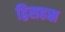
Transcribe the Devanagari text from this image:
द्विसहस्र